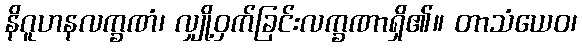
နိဂူဟနလက္ခဏံ၊ လျှို့ဝှက်ခြင်းလက္ခဏာရှိ၏။ တာသံယေဝ၊